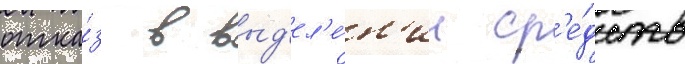
отка́з в выд'ел'е́н'ии ср'е́дств